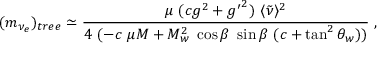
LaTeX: ( m _ { \nu _ { e } } ) _ { t r e e } \simeq \frac { \mu ~ ( c g ^ { 2 } + { g ^ { \prime } } ^ { 2 } ) ~ \langle \tilde { \nu } \rangle ^ { 2 } } { 4 ~ ( - c ~ \mu M + M _ { w } ^ { 2 } ~ \cos \beta ~ \sin \beta ~ ( c + \tan ^ { 2 } \theta _ { w } ) ) } ~ ,